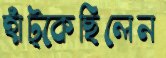
হাঁট্‌কেছিলেন